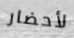
لأحضار